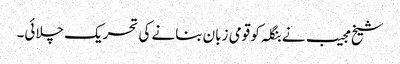
شیخ مجیب نے بنگلہ کو قومی زبان بنانے کی تحریک چلائی۔